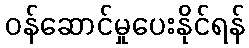
ဝန်ဆောင်မှုပေးနိုင်ရန်